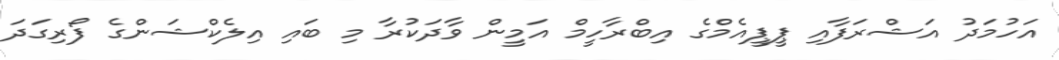
އަހުމަދު އަޝްރަފާއި ޕީޕީއެމްގެ އިބްރާހީމް އަމީން ވާދަކުރާ މި ބައި އިލެކްޝަންގެ ފޯރިގަދަ